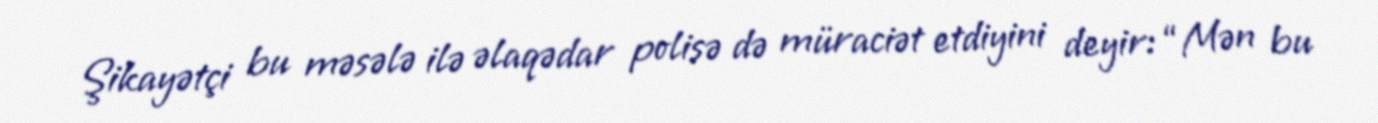
Şikayətçi bu məsələ ilə əlaqədar polisə də müraciət etdiyini deyir: “Mən bu